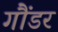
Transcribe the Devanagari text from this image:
गौंडर